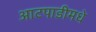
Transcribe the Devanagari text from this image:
आटपाडीमधे